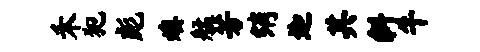
禾犯彪燠艋芳绡迦其斜牛